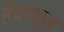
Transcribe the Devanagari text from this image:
हेवनपूल